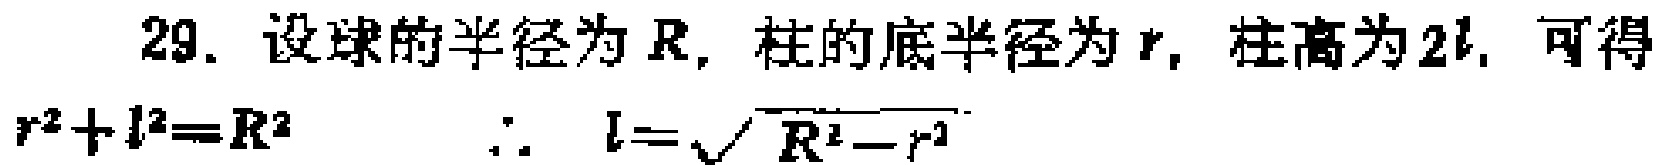
29. 设球的半径为\(R\)，柱的底半径为\(r\)，柱高为\(2l\)，可得
\(r^{2}+l^{2}=R^{2}\)
\(\therefore l = \sqrt{R^{2}-r^{2}}\)